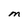
Character: M